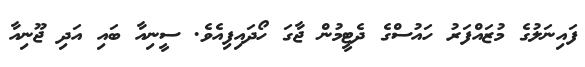
ފައިނަލުގެ މުޒައްފަރު ހައުސްގެ ދެޓީމުން ޖާގަ ހޯދައިފިއެވެ. ސީނިއާ ބައި އަދި ޖޫނިއާ